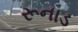
રૂનાડ